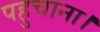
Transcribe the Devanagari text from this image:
पहुचाना।